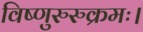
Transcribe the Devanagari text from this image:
विष्णुरुरुक्रमः।